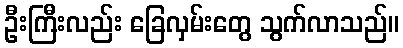
ဦးကြီးလည်း ခြေလှမ်းတွေ သွက်လာသည်။